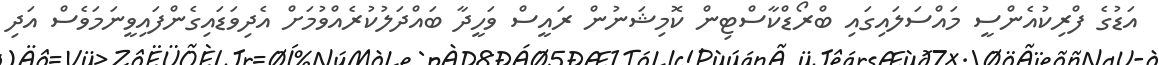
އަޑުގެ ފްރިކުއެންސީ މައްސަލައިގައި ބްރޯޑްކާސްޓިން ކޮމިޝަނުން ރައީސް ވަހީދާ ބައްދަލުކުރެއްވުމަށް އެދިވަޑައިގެންފައިވީނަމަވެސް އަދި